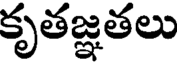
కృతజ్ఞతలు